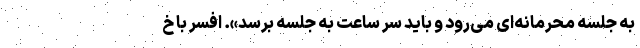
به جلسه محرمانه‌ای می‌رود و باید سر ساعت به جلسه برسد». افسر با خ